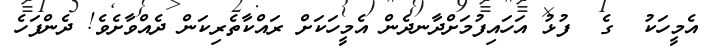
އެމީހަކު  ގެ  ފުޅު އަހައިފުމަށްދާނދެން އެމީހަކަށް ރައްކާތެރިކަން ދެއްވާށެވެ! ދެންފަހެ